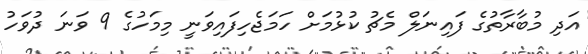
އަދި މުބާރާތުގެ ފައިނަލް މެޗު ކުޅުމަށް ހަމަޖެހިފައިވަނީ މިމަހުގެ 9 ވަނަ ދުވަހު